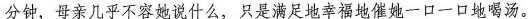
分钟，母亲几乎不容她说什么，只是满足地幸福地催她一口一口地喝汤。